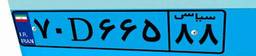
۶۲D۹۷۲۱۹